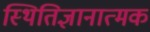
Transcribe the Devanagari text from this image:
स्थितिज्ञानात्मक